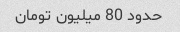
حدود 80 میلیون تومان